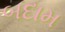
બદામ